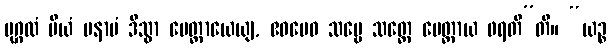
ပုဂ္ဂလံ ပိယံ မနာပံ ဒိသွာ မေတ္တာယေယျ, ဧဝမေဝ သဗ္ဗေ သတ္တေ မေတ္တာယ ဖရတီ”တိ။ “ယဉ္စ